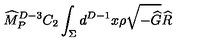
{ \widehat M } _ { P } ^ { D - 3 } C _ { 2 } \int _ { \Sigma } d ^ { D - 1 } x \rho \sqrt { - { \widehat G } } { \widehat R }